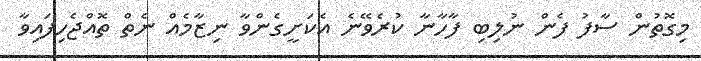
މިގޮތުން ސާފު ފެން ނުލިބި ފާހާނާ ކުރެވޭނެ އެކަށީގެންވާ ނިޒާމެއް ނެތް ތޮއްޖެހިފައިވާ